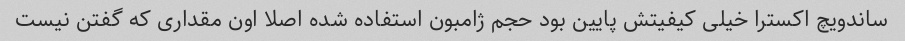
ساندویچ اکسترا خیلی کیفیتش پایین بود حجم ژامبون استفاده شده اصلا اون مقداری که گفتن نیست